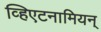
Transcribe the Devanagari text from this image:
व्हिएटनामियन्